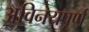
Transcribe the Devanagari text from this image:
अविनयपूर्ण